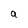
Character: a